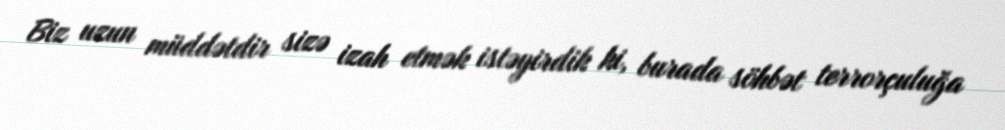
Biz uzun müddətdir sizə izah etmək istəyirdik ki, burada söhbət terrorçuluğa